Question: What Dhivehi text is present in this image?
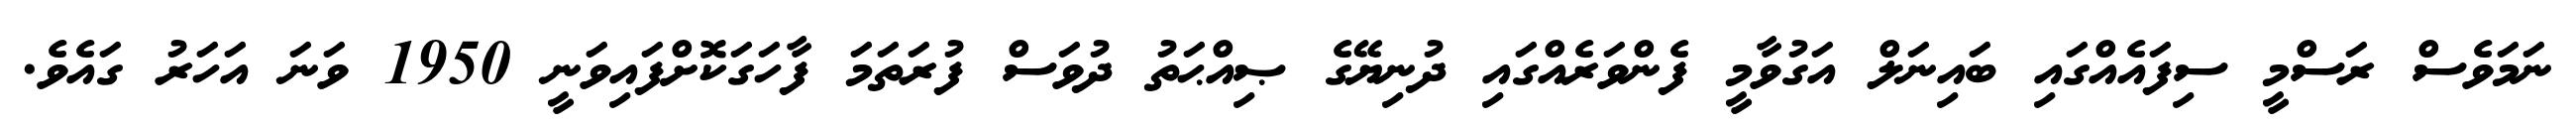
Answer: ނަމަވެސް ރަސްމީ ސިފައެއްގައި ބައިނަލް އަގުވާމީ ފެންވަރެއްގައި ދުނިޔޭގެ ޞިއްޙަތު ދުވަސް ފުރަތަމަ ފާހަގަކޮށްފައިވަނީ 1950 ވަނަ އަހަރު ގައެވެ.